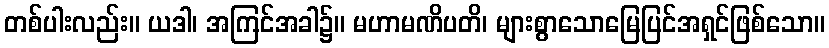
တစ်ပါးလည်း။ ယဒါ၊ အကြင်အခါ၌။ မဟာမဏိပတိ၊ များစွာသောမြေပြင်အရှင်ဖြစ်သော။